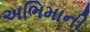
અભિમાની